Civil Veterinary Dept. Assam report 1911-1927 - 1911-1927
Year: 1911
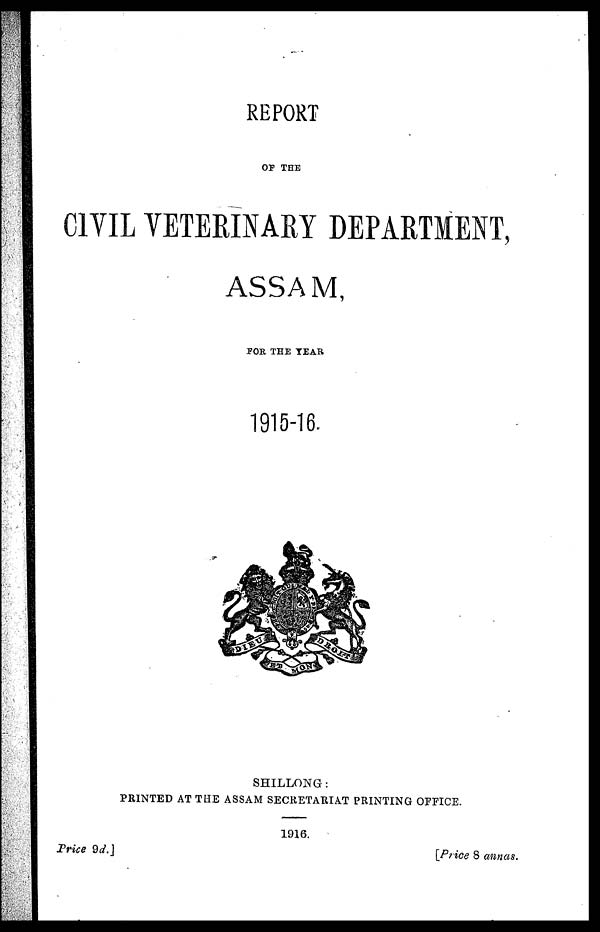
REPORT
OF THE
CIVIL VETERINARY DEPARTMENT,
ASSAM,
FOR THE TEAK
1915-16.
SHILLONG:
PRINTED AT THE ASSAM SECRETARIAT PRINTING OFFICE.
1916.
Price 9d.]
[Price 8 annas.